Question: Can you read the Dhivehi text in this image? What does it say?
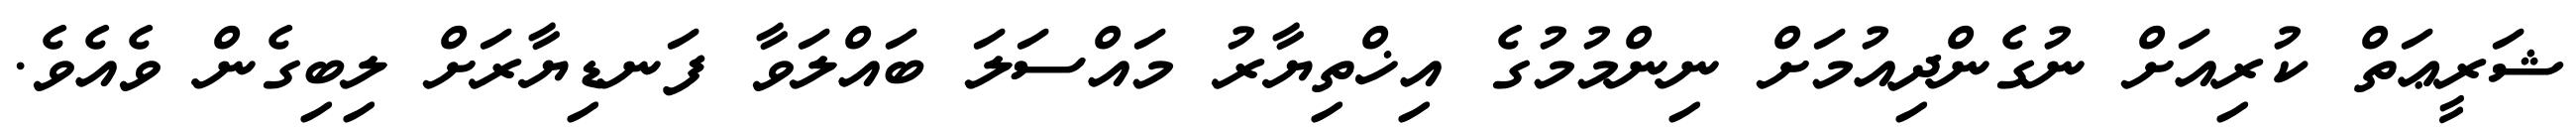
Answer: ޝަރީޢަތް ކުރިއަށް ނުގެންދިއުމަށް ނިންމުމުގެ އިޚްތިޔާރު މައްސަލަ ބައްލަވާ ފަނޑިޔާރަށް ލިބިގެން ވެއެވެ.